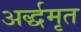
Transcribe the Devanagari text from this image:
अर्द्धमृत